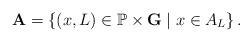
LaTeX: \begin{align*}\mathbf A=\left\{(x,L)\in \mathbb P\times\mathbf G\mid x\in A_L\right\}.\end{align*}